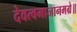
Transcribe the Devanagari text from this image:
देवत्वमाजानमग्रे॥